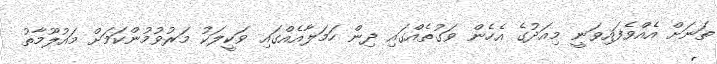
ތަނަށް އެއްވެފައިވަނީ މިއަދުގެ އެހެން ވަގުތެއްގައި ދިން ހަމަލާއެއްގައި ވަކީލަކު މަރުވުމުންކަމަށް މައުލޫމާތު